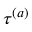
\tau ^ { ( a ) }